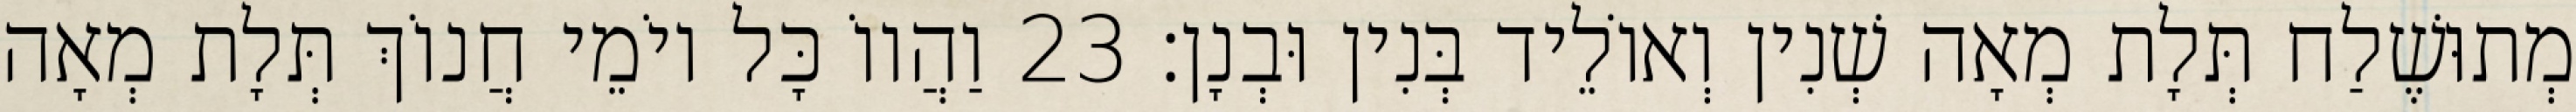
מְתוּשֶׁלַח תְּלָת מְאָה שְׁנִין וְאוֹלֵיד בְּנִין וּבְנָן׃ 23 וַהֲווֹ כָּל יוֹמֵי חֲנוֹךְ תְּלָת מְאָה